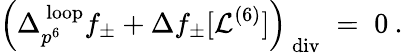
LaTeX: \Big(\Delta_{p^{6}}^{\mathrm{\mathit~loop}}f_{\pm}+\Delta f_{\pm}[\mathcal{L}^{(6)}]\Big)_{\mathrm{\mathit~div}}\; =\; 0\: .